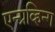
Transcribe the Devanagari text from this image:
एन्ग्रव्हिन्ग